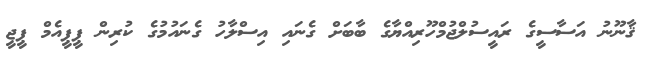
ޤާނޫނު އަސާސީގެ ރައީސުލްޖުމްހޫރިއްޔާގެ ބާބަށް ގެނައި އިސްލާހު ގެނައުމުގެ ކުރިން ޕީޕީއެމް ޕީޖީ